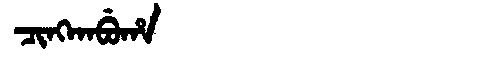
Manchu: ᠴᡳᠩᡴᠠᠪᡠᡥᠠ
Romanization: CINGKABUHA